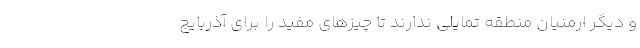
و دیگر ارمنیان منطقه تمایلی ندارند تا چیزهای مفید را برای آذربایج